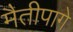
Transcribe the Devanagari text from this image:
मैतीपागे